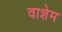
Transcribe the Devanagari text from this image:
वाशेम